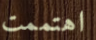
اهتممت